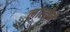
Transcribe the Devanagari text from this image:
लालीने